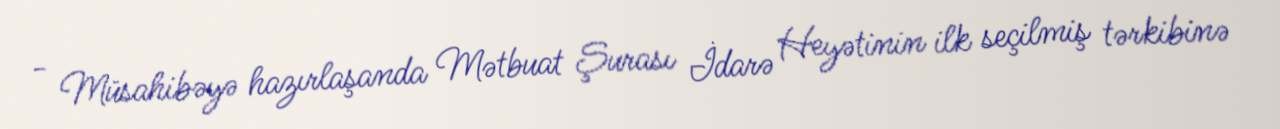
- Müsahibəyə hazırlaşanda Mətbuat Şurası İdarə Heyətinin ilk seçilmiş tərkibinə